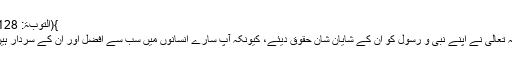
}(التوبۃ: 128)
اللہ تعالی نے اپنے نبی و رسول کو ان کے شایانِ شان حقوق دیئے، کیونکہ آپ سارے انسانوں میں سب سے افضل اور ان کے سردار ہیں۔